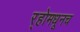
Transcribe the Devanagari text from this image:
र्‍होमधूनच